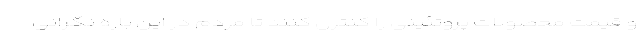
و قیمت محصولات پروتئینی را کنترل کنند تا مردم در این باره نگرانی